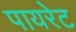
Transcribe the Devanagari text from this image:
पायरेट